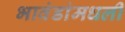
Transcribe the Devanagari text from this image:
भावंडांमधली